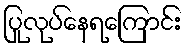
ပြုလုပ်နေရကြောင်း